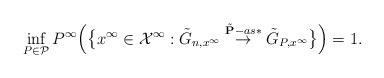
LaTeX: \begin{align*}\inf_{P\in\mathcal P}P^\infty\Big(\big\{x^\infty\in \mathcal X^\infty:\tilde G_{n,x^\infty}\stackrel{\tilde{\mathbf P}-as*}{\to}\tilde G_{P,x^\infty}\big\}\Big)=1.\end{align*}